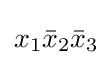
x_{1}{\bar {x}}_{2}{\bar {x}}_{3}